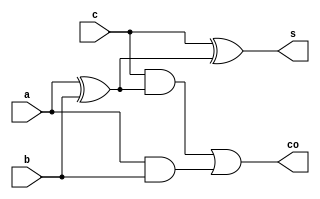
module full_adder(a,b,c,s,co);

input a,b,c;
output s, co;
wire d,e,f;

xor u1(d,a,b);
xor u2(s,c,d);
and u3(e,c,d);
and u4(f,a,b);
or u5(co,e,f);

endmodule

module test_full_adder;

reg a,b,c;
wire s, co;

full_adder u1(a,b,c,s,co);

initial begin
	a=0;b=0;c=0;
#10	c=1;
#10	b=1;c=0;
#10	c=1;
#10	a=1;b=0;c=0;
#10	c=1;
#10	b=1;c=0;
#10	c=1;
#10	$stop;
end

endmodule
//2020.09.11_21811957 jeongbomi